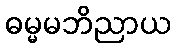
ဓမ္မမဘိညာယ